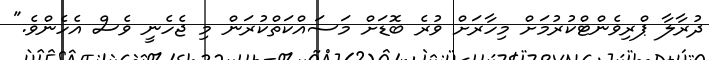
ދުރާލާ ޕްރިވެންޓްކުރުމަށް މިހާރަށް ވުރެ ބޮޑަށް މަސައްކަތްކުރަން މި ޖެހެނީ ވެސް އެހެންވެ."